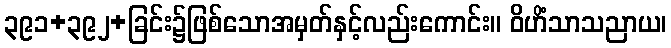
၃၉၁+၃၉၂+ခြင်း၌ဖြစ်သောအမှတ်နှင့်လည်းကောင်း။ ဝိဟိံသာသညာယ၊